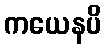
ကယေနပိ